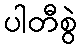
ပါတီစွဲ